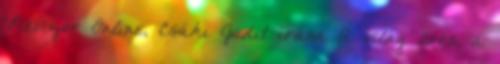
Revizor Online, Csáki Judit írása A világ üres, a